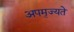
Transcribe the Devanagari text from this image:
अपमृज्यते